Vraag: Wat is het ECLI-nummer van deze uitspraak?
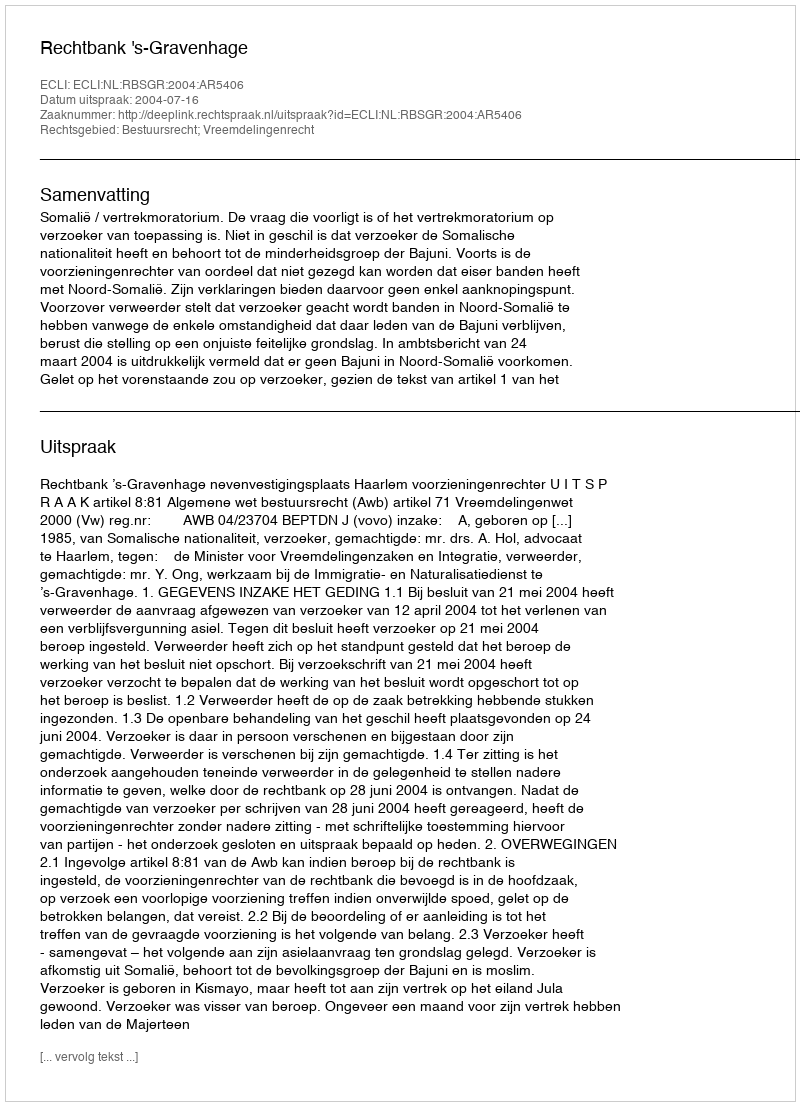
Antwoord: ECLI:NL:RBSGR:2004:AR5406